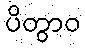
ပိတွာဝ